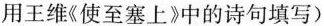
用王维《使至塞上》中的诗句填写)